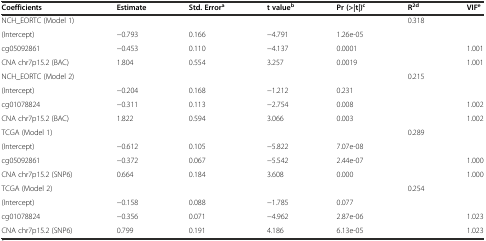
<table><thead><tr><td><b>Coefficients</b></td><td><b>Estimate</b></td><td><b>Std. Error<sup>a</sup></b></td><td><b>t value<sup>b</sup></b></td><td><b>Pr (&gt;|t|)<sup>c</sup></b></td><td><b>R<sup>2d</sup></b></td><td><b>VIF<sup>e</sup></b></td></tr></thead><tbody><tr><td>NCH_EORTC (Model 1)</td><td></td><td></td><td></td><td></td><td>0.318</td><td></td></tr><tr><td>(Intercept)</td><td>−0.793</td><td>0.166</td><td>−4.791</td><td>1.26e-05</td><td></td><td></td></tr><tr><td>cg05092861</td><td>−0.453</td><td>0.110</td><td>−4.137</td><td>0.0001</td><td></td><td>1.001</td></tr><tr><td>CNA chr7p15.2 (BAC)</td><td>1.804</td><td>0.554</td><td>3.257</td><td>0.0019</td><td></td><td>1.001</td></tr><tr><td>NCH_EORTC (Model 2)</td><td></td><td></td><td></td><td></td><td>0.215</td><td></td></tr><tr><td>(Intercept)</td><td>−0.204</td><td>0.168</td><td>−1.212</td><td>0.231</td><td></td><td></td></tr><tr><td>cg01078824</td><td>−0.311</td><td>0.113</td><td>−2.754</td><td>0.008</td><td></td><td>1.002</td></tr><tr><td>CNA chr7p15.2 (BAC)</td><td>1.822</td><td>0.594</td><td>3.066</td><td>0.003</td><td></td><td>1.002</td></tr><tr><td>TCGA (Model 1)</td><td></td><td></td><td></td><td></td><td>0.289</td><td></td></tr><tr><td>(Intercept)</td><td>−0.612</td><td>0.105</td><td>−5.822</td><td>7.07e-08</td><td></td><td></td></tr><tr><td>cg05092861</td><td>−0.372</td><td>0.067</td><td>−5.542</td><td>2.44e-07</td><td></td><td>1.000</td></tr><tr><td>CNA chr7p15.2 (SNP6)</td><td>0.664</td><td>0.184</td><td>3.608</td><td>0.000</td><td></td><td>1.000</td></tr><tr><td>TCGA (Model 2)</td><td></td><td></td><td></td><td></td><td>0.254</td><td></td></tr><tr><td>(Intercept)</td><td>−0.158</td><td>0.088</td><td>−1.785</td><td>0.077</td><td></td><td></td></tr><tr><td>cg01078824</td><td>−0.356</td><td>0.071</td><td>−4.962</td><td>2.87e-06</td><td></td><td>1.023</td></tr><tr><td>CNA chr7p15.2 (SNP6)</td><td>0.799</td><td>0.191</td><td>4.186</td><td>6.13e-05</td><td></td><td>1.023</td></tr></tbody></table>